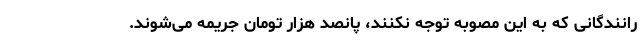
رانندگانی که به این مصوبه توجه نکنند، پانصد هزار تومان جریمه می‌شوند.